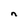
Character: n